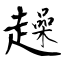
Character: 趮